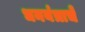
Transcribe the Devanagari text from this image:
धनयंत्राचे